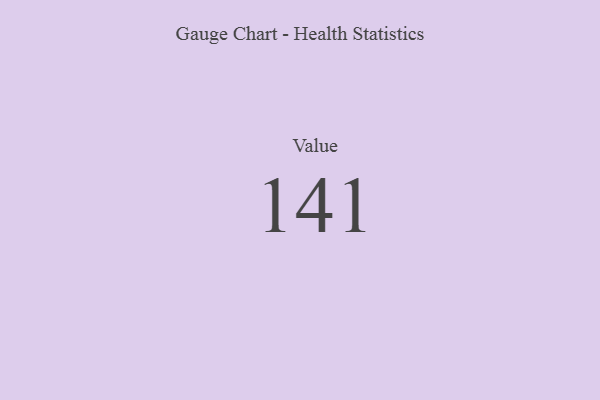
{"axis": {"x": "Metric", "y": "Value"}, "legend": [""], "data": [{"x": "Value", "y": 141, "type": ""}]}